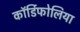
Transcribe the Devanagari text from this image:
कॉर्डिफोलिया